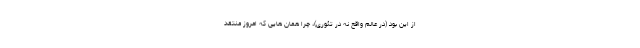
از این بود (در عالم واقع نه در تئوری)، چرا همان هایی که امروز منتقد